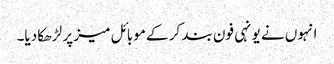
انہوں نے یونہی فون بند کر کے موبائل میز پر لڑھکا دیا۔